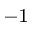
^ { - 1 }